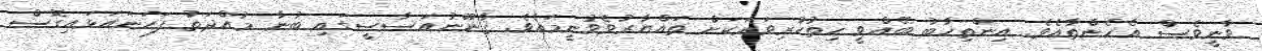
ވާނީވެސް އެހެންތާއެވެ. އިންތިޚާބު ބޭއްވީ ހިތުހުރިވަރަކަށް ތައްޔާރުވެވުނީމައެވެ. ޤާނޫނުއަސާސީގައި ބުނާ މުއްދަތު ފަހަނައަޅައިގޮސް